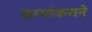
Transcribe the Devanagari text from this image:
छायांकराने